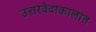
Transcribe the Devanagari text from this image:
उत्तरवेदाकालांत